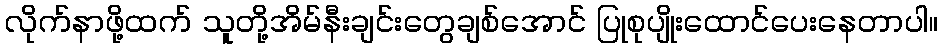
လိုက်နာဖို့ထက် သူတို့အိမ်နီးချင်းတွေချစ်အောင် ပြုစုပျိုးထောင်ပေးနေတာပါ။